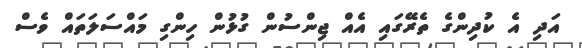
އަދި އެ ކުދިންގެ ތެރޭގައި އެއް ޖިންސުން ގުޅުން ހިންގި މައްސަލަތައް ވެސް